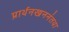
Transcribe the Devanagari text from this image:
प्रार्थनखननंतथा